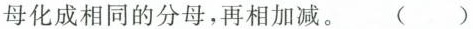
母化成相同的分母，再相加减。（）